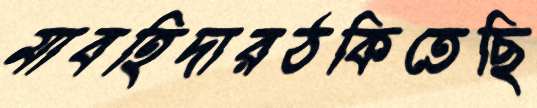
মাবহিদারঠকিতেছি